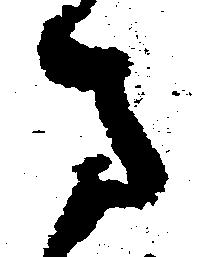
ま